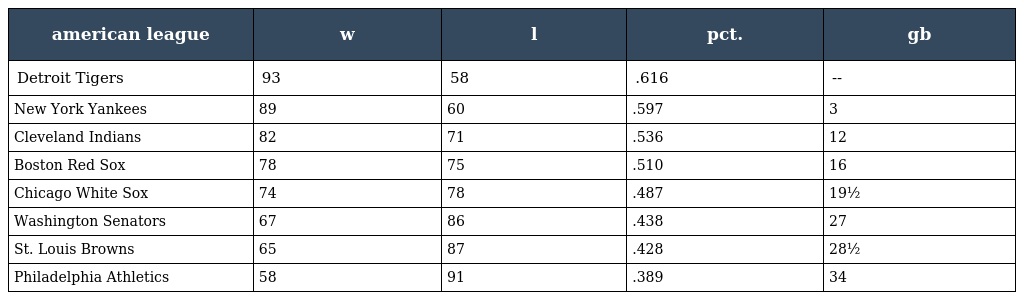
| american league | w | l | pct. | gb |
 | --- | --- | --- | --- | --- |
 | Detroit Tigers | 93 | 58 | .616 | -- |
 | New York Yankees | 89 | 60 | .597 | 3 |
 | Cleveland Indians | 82 | 71 | .536 | 12 |
 | Boston Red Sox | 78 | 75 | .510 | 16 |
 | Chicago White Sox | 74 | 78 | .487 | 19½ |
 | Washington Senators | 67 | 86 | .438 | 27 |
 | St. Louis Browns | 65 | 87 | .428 | 28½ |
 | Philadelphia Athletics | 58 | 91 | .389 | 34 |